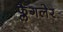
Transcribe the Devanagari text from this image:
फ्लैगलेर